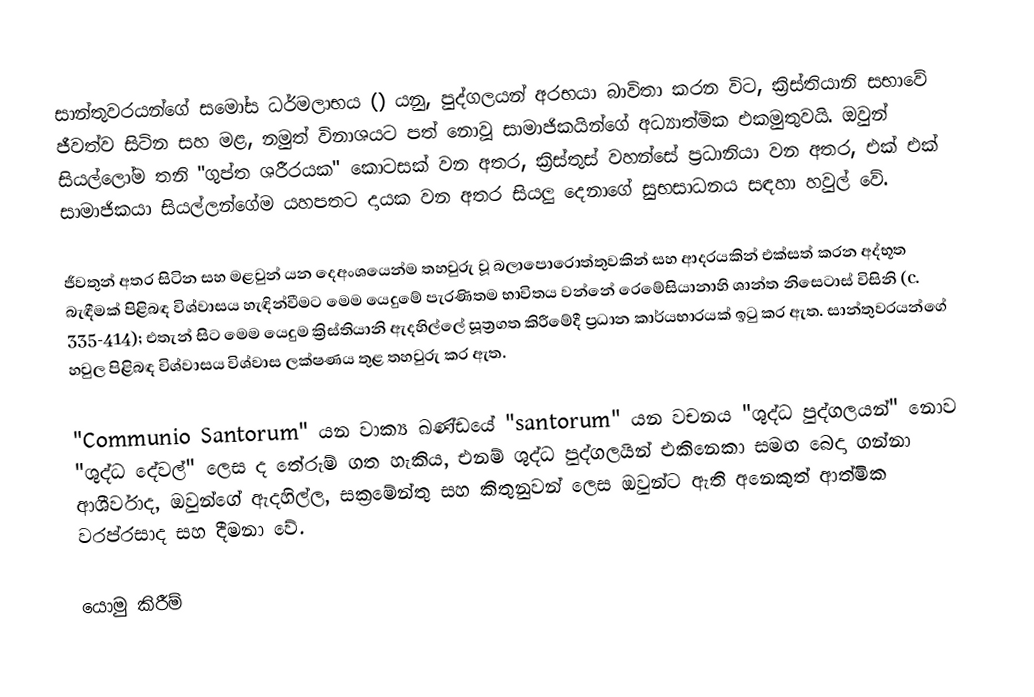
සාන්තුවරයන්ගේ සමෝස ධර්මලාභය () යනු, පුද්ගලයන් අරභයා බාවිතා කරන විට, ක්‍රිස්තියානි සභාවේ ජීවත්ව සිටින සහ මළ, නමුත් විනාශයට පත් නොවූ සාමාජිකයින්ගේ අධ්‍යාත්මික එකමුතුවයි. ඔවුන් සියල්ලෝම තනි "ගුප්ත ශරීරයක" කොටසක් වන අතර, ක්‍රිස්තුස් වහන්සේ ප්‍රධානියා වන අතර, එක් එක් සාමාජිකයා සියල්ලන්ගේම යහපතට දායක වන අතර සියලු දෙනාගේ සුභසාධනය සඳහා හවුල් වේ.

ජීවතුන් අතර සිටින සහ මළවුන් යන දෙඅංශයෙන්ම තහවුරු වූ බලාපොරොත්තුවකින් සහ ආදරයකින් එක්සත් කරන අද්භූත බැඳීමක් පිළිබඳ විශ්වාසය හැඳින්වීමට මෙම යෙදුමේ පැරණිතම භාවිතය වන්නේ රෙමේසියානාහි ශාන්ත නිසෙටාස් විසිනි (c. 335-414); එතැන් සිට මෙම යෙදුම ක්‍රිස්තියානි ඇදහිල්ලේ සූත්‍රගත කිරීමේදී ප්‍රධාන කාර්යභාරයක් ඉටු කර ඇත. සාන්තුවරයන්ගේ හවුල පිළිබඳ විශ්වාසය විශ්වාස ලක්ෂණය තුළ තහවුරු කර ඇත.

"Communio Santorum" යන වාක්‍ය ඛණ්ඩයේ "santorum" යන වචනය "ශුද්ධ පුද්ගලයන්" නොව "ශුද්ධ දේවල්" ලෙස ද තේරුම් ගත හැකිය, එනම් ශුද්ධ පුද්ගලයින් එකිනෙකා සමඟ බෙදා ගන්නා ආශීර්වාද, ඔවුන්ගේ ඇදහිල්ල, සක්‍රමේන්තු සහ කිතුනුවන් ලෙස ඔවුන්ට ඇති අනෙකුත් ආත්මික වරප්රසාද සහ දීමනා වේ.

යොමු කිරීම්